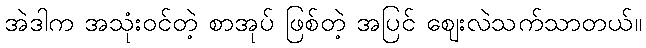
အဲဒါက အသုံးဝင်တဲ့ စာအုပ် ဖြစ်တဲ့ အပြင် ဈေးလဲသက်သာတယ်။